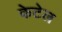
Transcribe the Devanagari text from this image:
केटेल